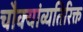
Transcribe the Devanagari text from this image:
चौक्यांव्यतिरिक्त